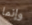
وإنما